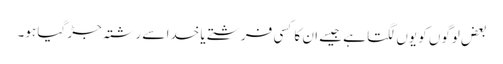
بعض لوگوں کو یوں لگتا ہے جیسے ان کا کسی فرشتے یا خدا سے رشتہ جڑ گیا ہو۔